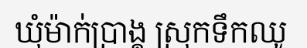
ឃុំម៉ាក់ប្រាង្គ ស្រុកទឹកឈូ